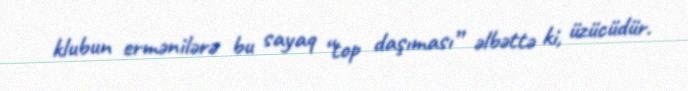
klubun ermənilərə bu sayaq “top daşıması” əlbəttə ki, üzücüdür.